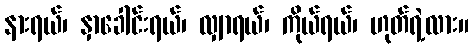
နားရယ်၊ နှာခေါင်းရယ်၊ လျှာရယ်၊ ကိုယ်ရယ်၊ ဟုတ်ရဲ့လား။